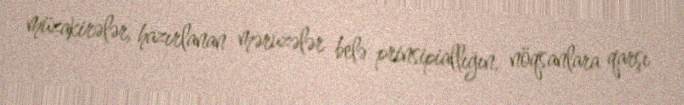
müzakirələr, hazırlanan məruzələr belə prinsipiallığın, nöqsanlara qarşı